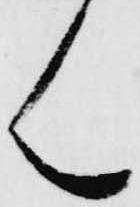
ん